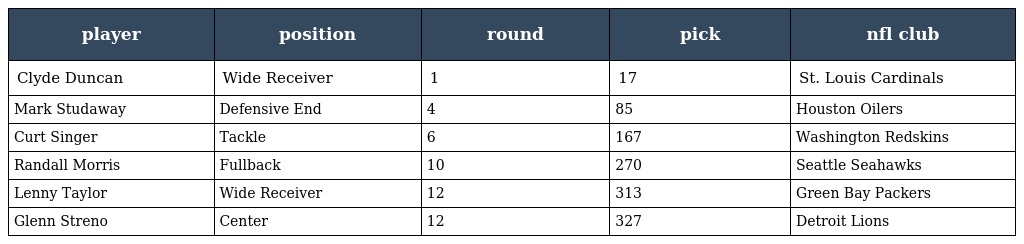
| player | position | round | pick | nfl club |
 | --- | --- | --- | --- | --- |
 | Clyde Duncan | Wide Receiver | 1 | 17 | St. Louis Cardinals |
 | Mark Studaway | Defensive End | 4 | 85 | Houston Oilers |
 | Curt Singer | Tackle | 6 | 167 | Washington Redskins |
 | Randall Morris | Fullback | 10 | 270 | Seattle Seahawks |
 | Lenny Taylor | Wide Receiver | 12 | 313 | Green Bay Packers |
 | Glenn Streno | Center | 12 | 327 | Detroit Lions |